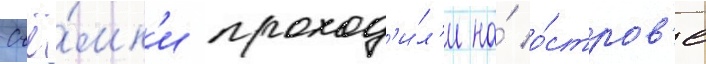
Съё́мк'и проход'и́л'и на́ о́стров'е